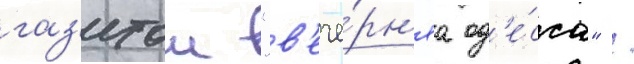
газ'етои "в'ече́рн'яа од'е́сса" /